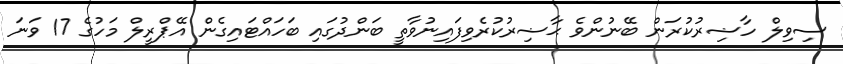
ސިވިލް ހާާޟިރުކުރަން ބޭނުންވެ ޙާޟިރުކުރެވިފައިނުވާތީ ބަންދުގައި ބަހައްޓައިގެން އޭޕްރީލް މަހުގެ 17 ވަނަ